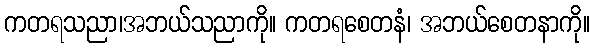
ကတရသညာ၊အဘယ်သညာကို။ ကတရစေတနံ၊ အဘယ်စေတနာကို။